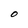
Character: O